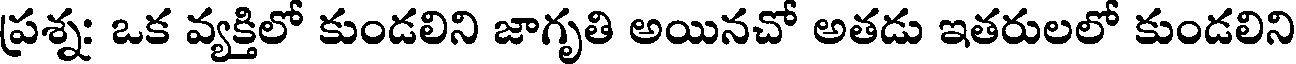
ప్రశ్నః ఒక వ్యక్తిలో కుండలిని జాగృతి అయినచో అతడు ఇతరులలో కుండలిని